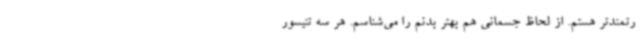
رتمندتر هستم. از لحاظ جسمانی هم بهتر بدنم را می‌شناسم. هر سه تنیسور